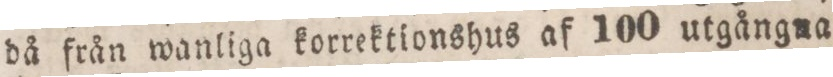
då från wanliga korrektionshus af 100 utgångna